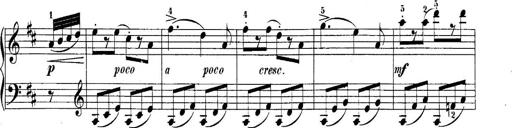
Title: 10 Sonatines progressives
Composer: Anton Schmoll